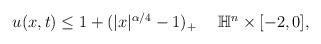
\begin{align*} \begin{aligned} u(x,t)\leq 1+(|x|^{\alpha/4}-1)_+~~~~\mathbb{H}^n\times[-2,0], \end{aligned} \end{align*}